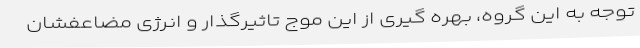
توجه به این گروه، بهره گیری از این موج تاثیرگذار و انرژی مضاعفشان